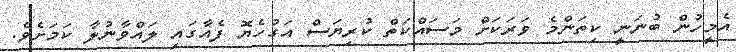
އެމީހުން ބުނަނީ ކިތަންމެ ވަރަކަށް މަސައްކަތް ކުރިޔަސް އަގުހެޔޮ ފެއާގައި ލައްވާނުލާ ކަމަށެެވެ.